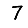
Digit: 7